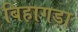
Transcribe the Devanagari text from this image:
बिहागड़ा